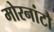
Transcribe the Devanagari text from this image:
मोरनांटौ